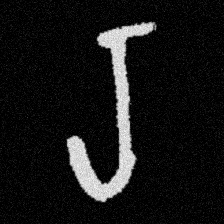
Pyu character \u2014 Myanmar letter: ရ (romanized: ra)